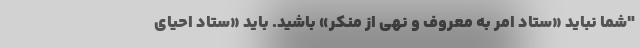
"شما نباید «ستاد امر به معروف و نهی از منکر» باشید. باید «ستاد احیای